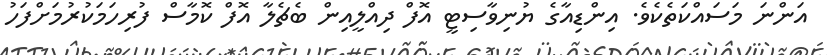
އަންނަ މަސައްކަތެކެވެ. އިންޑިއާގެ ޔުނިވާސިޓީ އޮފް ދިއްލީއިން ބެޗެލާ އޮފް ކޮމާސް ފުރިހަމަކުރުމަށްފަހު